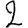
Digit: 2